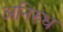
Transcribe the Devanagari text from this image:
अनिरुध